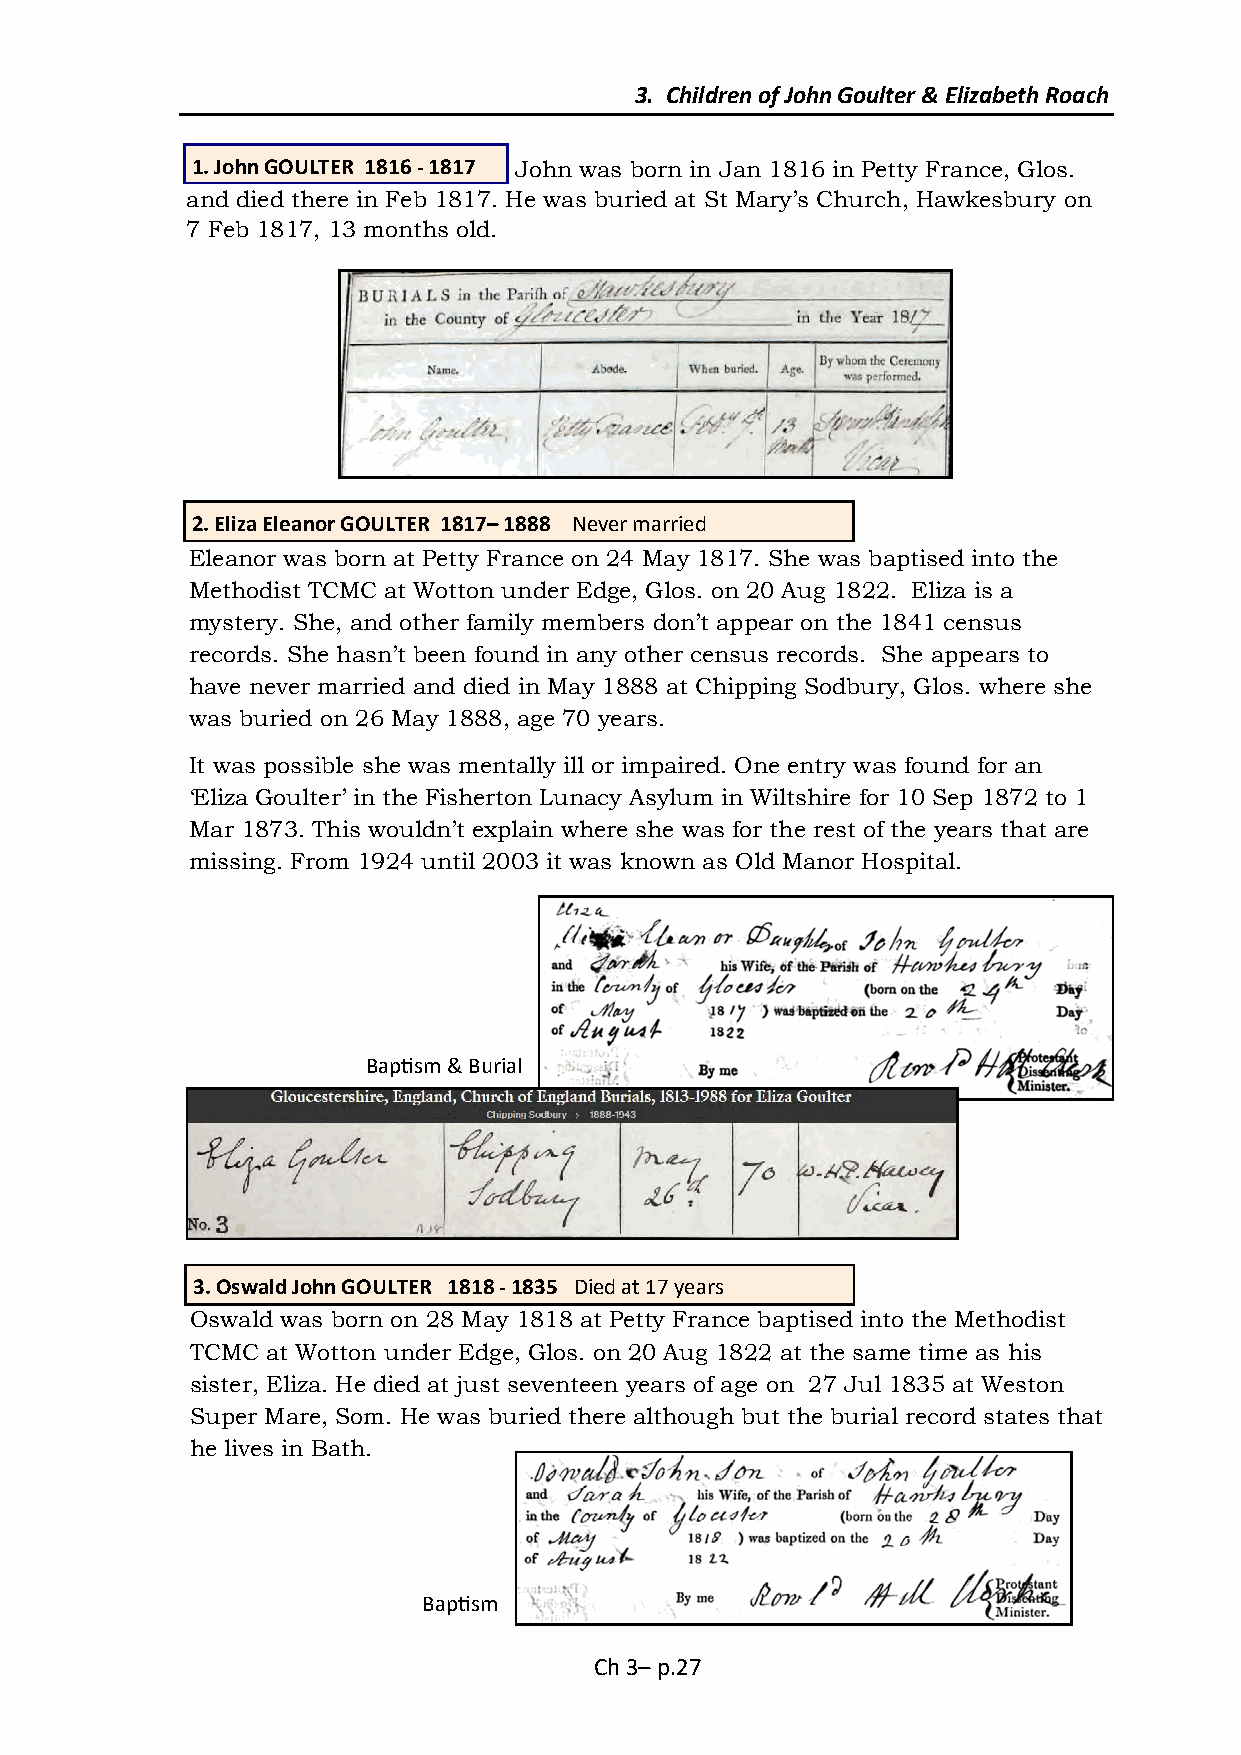
3. Children of John Goulter & Elizabeth Roach
 1. John GOULTER 1816 - 1817 John was born in Jan 1816 in Petty France, Glos.
 and died there in Feb 1817. He was buried at St Mary’s Church, Hawkesbury on
 7 Feb 1817, 13 months old.
 2. Eliza Eleanor GOULTER 1817– 1888 Never married
 Eleanor was born at Petty France on 24 May 1817. She was baptised into the
 Methodist TCMC at Wotton under Edge, Glos. on 20 Aug 1822. Eliza is a
 mystery. She, and other family members don’t appear on the 1841 census
 records. She hasn’t been found in any other census records. She appears to
 have never married and died in May 1888 at Chipping Sodbury, Glos. where she
 was buried on 26 May 1888, age 70 years.
 It was possible she was mentally ill or impaired. One entry was found for an
 ‘Eliza Goulter’ in the Fisherton Lunacy Asylum in Wiltshire for 10 Sep 1872 to 1
 Mar 1873. This wouldn’t explain where she was for the rest of the years that are
 missing. From 1924 until 2003 it was known as Old Manor Hospital.
 Baptism & Burial
 3. Oswald John GOULTER 1818 - 1835 Died at 17 years
 Oswald was born on 28 May 1818 at Petty France baptised into the Methodist
 TCMC at Wotton under Edge, Glos. on 20 Aug 1822 at the same time as his
 sister, Eliza. He died at just seventeen years of age on 27 Jul 1835 at Weston
 Super Mare, Som. He was buried there although but the burial record states that
 he lives in Bath.
 Baptism
 Ch 3– p.27